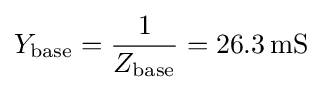
Y_{\mathrm {base} }={\frac {1}{Z_{\mathrm {base} }}}=26.3\,\mathrm {mS}